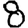
Digit: 8